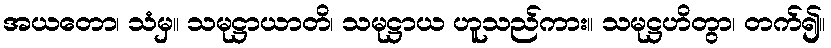
အယတော၊ သံမှ။ သမုဋ္ဌာယာတိ၊ သမုဋ္ဌာယ ဟူသည်ကား။ သမုဋ္ဌဟိတွာ၊ တက်၍။